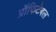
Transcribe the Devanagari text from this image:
प्रॉफिटेबल